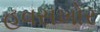
હવસખોર